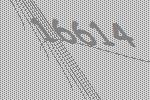
16614